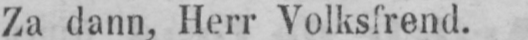
Za dann, Herr Volksfrend.